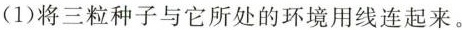
(1)将三粒种子与它所处的环境用线连起来。